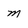
Character: m